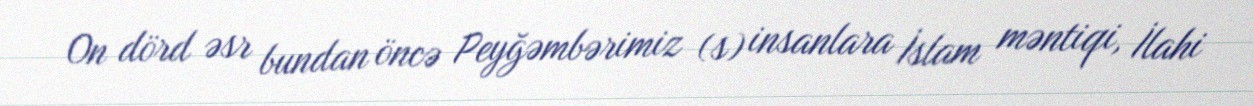
On dörd əsr bundan öncə Peyğəmbərimiz (s) insanlara İslam məntiqi, İlahi